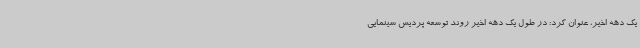
یک دهه اخیر، عنوان کرد: در طول یک دهه اخیر روند توسعه پردیس سینمایی